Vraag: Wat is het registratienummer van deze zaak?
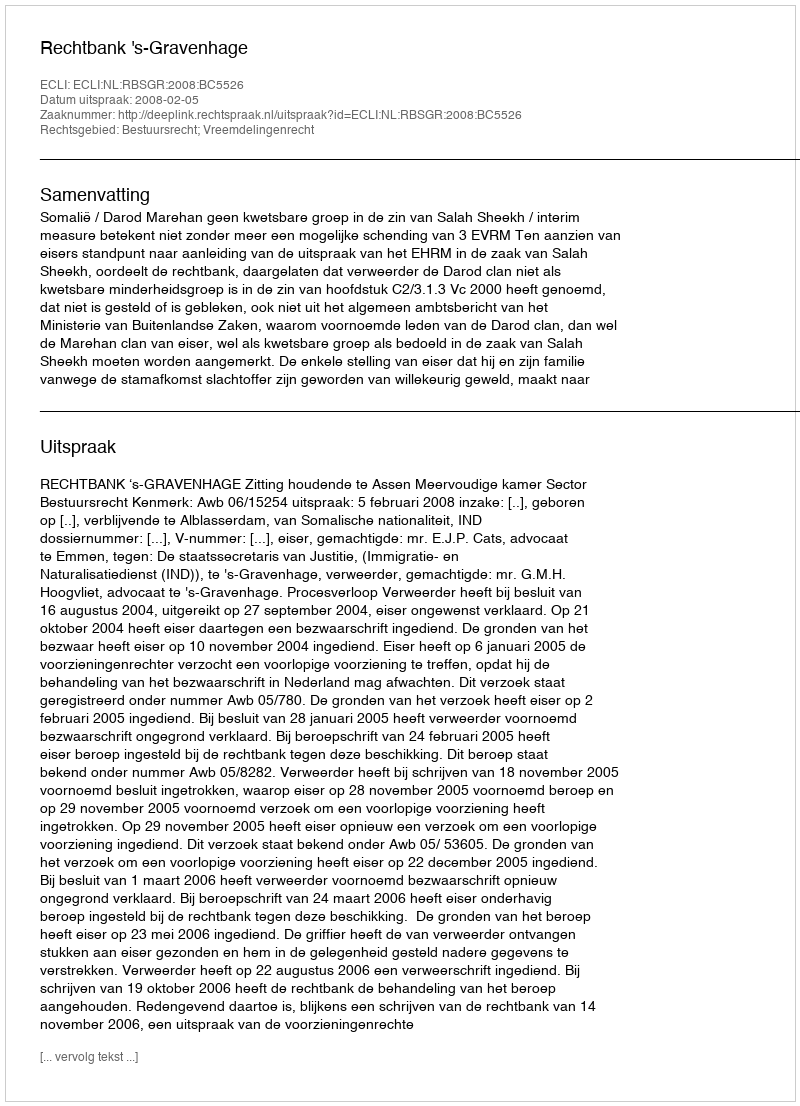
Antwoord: http://deeplink.rechtspraak.nl/uitspraak?id=ECLI:NL:RBSGR:2008:BC5526